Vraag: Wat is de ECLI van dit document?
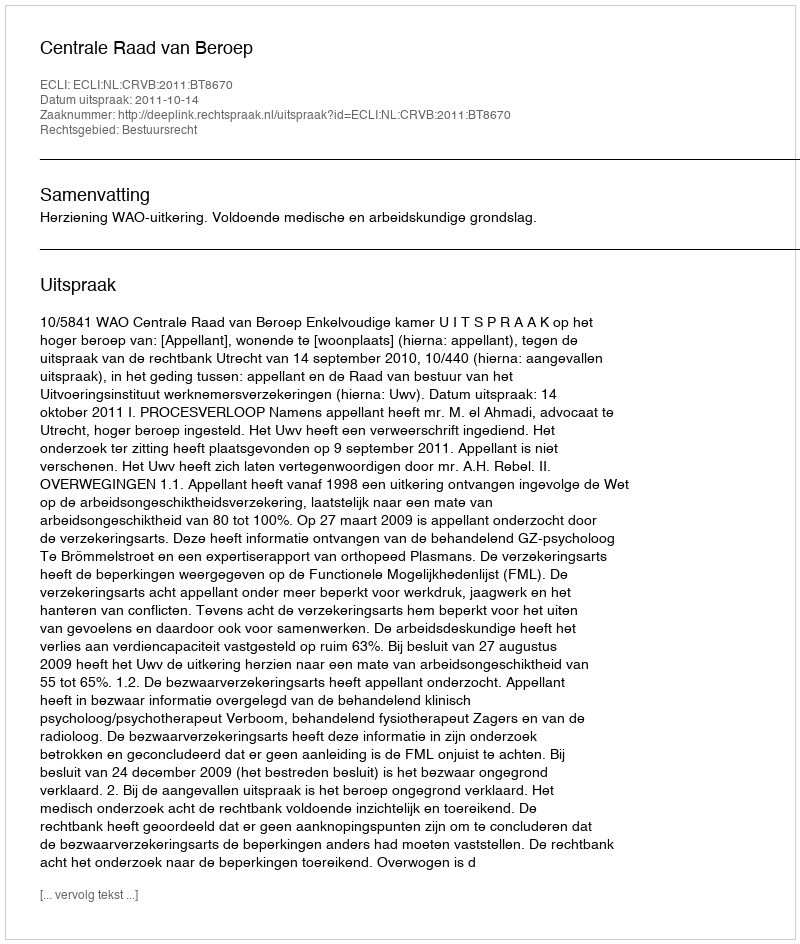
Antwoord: ECLI:NL:CRVB:2011:BT8670